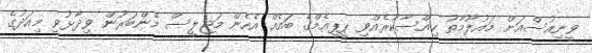
ވީނިއުސްއަށް މައުލޫމާތު ހިއްސާކުރެއްވި ޕީޕީއެމްގެ ބައެއް އެހެން މަޖިލީސް މެންބަރުން ވިދާޅުވީ މިއަދުގެ